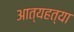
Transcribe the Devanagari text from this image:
आत्यहत्या